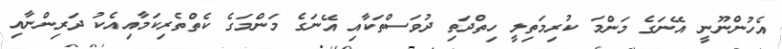
އެހުންނޫނީ އޭނަގެ މަންމަ ކުރިމަތިލީ ހިތްދަތި ދުވަސްތަކާއި އޭނަގެ މަންމަގެ ކެތްތެރިކަމާއިއެކު ދަރިންނާއި